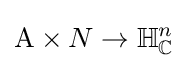
\mathrm {A} \times N\to \mathbb {H} _{\mathbb {C} }^{n}